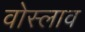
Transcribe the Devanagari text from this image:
वोस्लाव